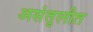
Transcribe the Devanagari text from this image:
असंतुलीत